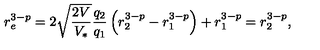
r _ { e } ^ { 3 - p } = 2 \sqrt { \frac { 2 V } { V _ { * } } } \frac { q _ { 2 } } { q _ { 1 } } \left( r _ { 2 } ^ { 3 - p } - r _ { 1 } ^ { 3 - p } \right) + r _ { 1 } ^ { 3 - p } = r _ { 2 } ^ { 3 - p } ,